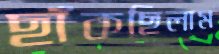
ছাঁকছিলাম